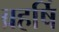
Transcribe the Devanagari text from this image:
ब्रहर्षि